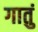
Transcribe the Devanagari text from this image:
गातुं